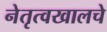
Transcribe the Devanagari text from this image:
नेतृत्वखालचे